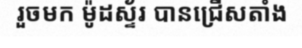
រួចមក ម៉ូដស្ទ័រ បានជ្រើសតាំង